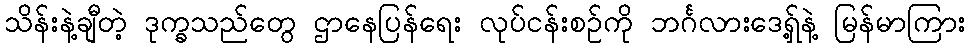
သိန်းနဲ့ချီတဲ့ ဒုက္ခသည်တွေ ဌာနေပြန်ရေး လုပ်ငန်းစဉ်ကို ဘင်္ဂလားဒေရှ့်နဲ့ မြန်မာကြား